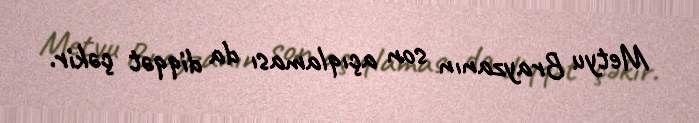
Metyu Brayzanın son açıqlaması da diqqət çəkir.